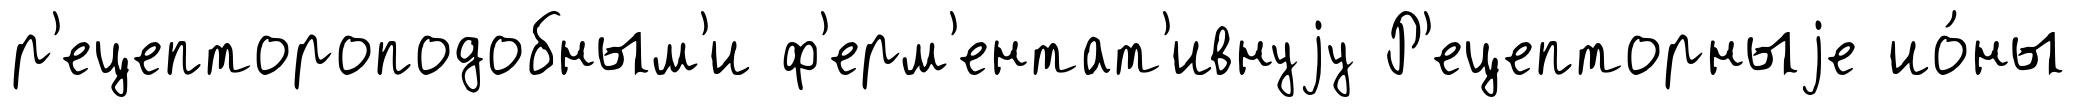
р'ецептороподобным'и ф'ерм'ентат'ивнуjу Р'ецепторныjе ио́ны